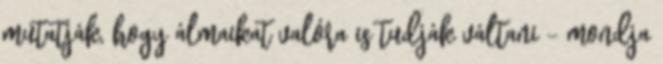
mutatják, hogy álmaikat valóra is tudják váltani - mondja